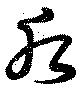
后